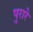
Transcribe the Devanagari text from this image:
पुरारे